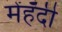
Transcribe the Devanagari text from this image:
मेंहँदी